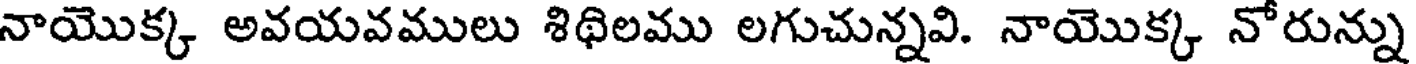
నాయొక్క అవయవములు శిథిలము లగుచున్నవి. నాయొక్క నోరున్ను